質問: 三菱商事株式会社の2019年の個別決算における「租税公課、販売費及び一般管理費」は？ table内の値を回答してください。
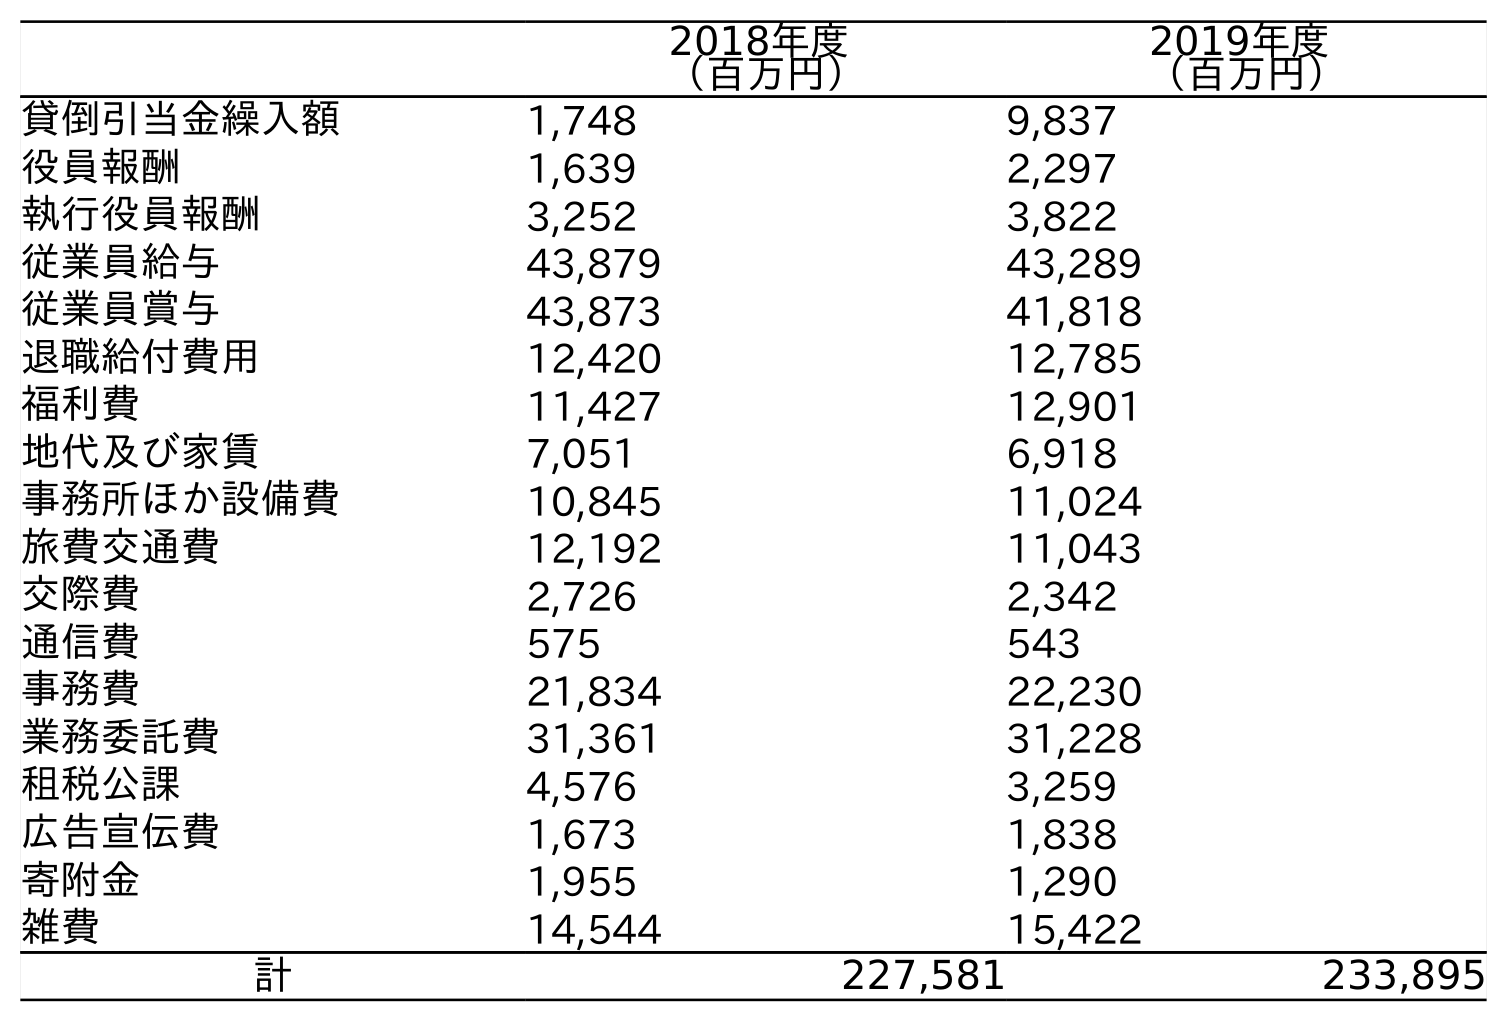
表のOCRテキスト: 2018年度 （百万円） 2019年度 （百万円） 貸倒引当金繰入額 1,748 9,837 役員報酬 1,639 2,297 執行役員報酬 3,252 3,822 従業員給与 43,879 43,289 従業員賞与 43,873 41,818 退職給付費用 12,420 12,785 福利費 11,427 12,901 地代及び家賃 7,051 6,918 事務所ほか設備費 10,845 11,024 旅費交通費 12,192 11,043 交際費 2,726 2,342 通信費 575 543 事務費 21,834 22,230 業務委託費 31,361 31,228 租税公課 4,576 3,259 広告宣伝費 1,673 1,838 寄附金 1,955 1,290 雑費 14,544 15,422 計 227,581 233,895
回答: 4,576